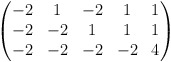
\begin{align*} \begin{pmatrix} -2&1&-2&1&1\\ -2&-2&1&1&1\\ -2&-2&-2&-2&4 \end{pmatrix}\end{align*}